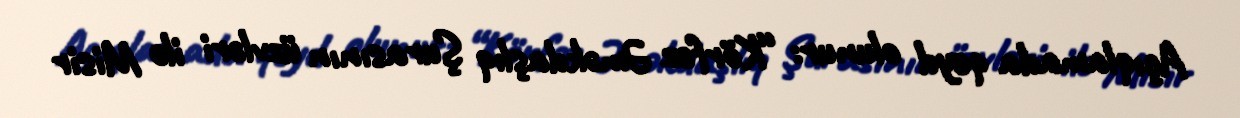
Açıqlamada qeyd olunur: “Körfəz Əməkdaşlıq Şurasının üzvləri ilə Misir